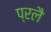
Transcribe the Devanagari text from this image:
प्रलै